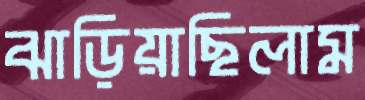
ঝাড়িয়াছিলাম